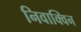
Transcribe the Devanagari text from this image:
निवाक्विन